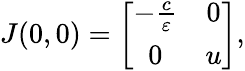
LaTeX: \begin{array}{r}{J(0,0)=\left[{\begin{array}{cc}{-\frac{c}{\varepsilon}}&{0}\\ {0}&{u}\end{array}}\right],}\end{array}